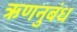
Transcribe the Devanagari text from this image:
ऋणनुबंध